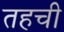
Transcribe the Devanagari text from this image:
तहची